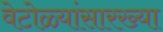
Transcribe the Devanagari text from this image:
वेटोळ्यांसारख्या